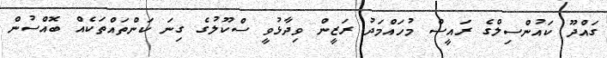
ގައްދޫ ކައުންސިލްގެ ރައީސް މުހައްމަދު ރަޒީން ވިދާޅުވީ ސްކޫލުގެ ގިނަ ކަންތައްތަކެއް ބޮއްސުން